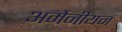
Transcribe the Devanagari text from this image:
अर्मेनीयन